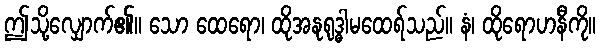
ဤသို့လျှောက်၏။ သော ထေရော၊ ထိုအနုရုဒ္ဓါမထေရ်သည်။ နံ၊ ထိုရောဟနီကို။